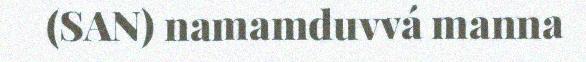
(SAN) namamduvvá manna